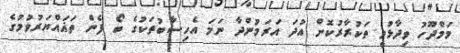
މަމްދޫހު ވިދާޅުވީ ތަކުރާރުކޮށް އުދަ އަރަމުންދާ ނަމަ އެހިސާބުތަކުގެ ބޯ ފެން ތަޣައްޔަރުވުމުގެ